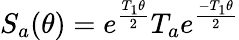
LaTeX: S_{a}(\theta)=e^{\frac{T_{1}\theta}{2}}T_{a}e^{\frac{-T_{1}\theta}{2}}